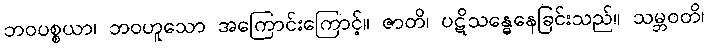
ဘဝပစ္စယာ၊ ဘဝဟူသော အကြောင်းကြောင့်။ ဇာတိ၊ ပဋိသန္ဓေနေခြင်းသည်။ သမ္ဘဝတိ၊